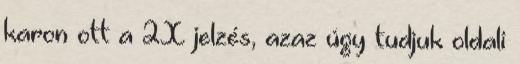
karon ott a 2X jelzés, azaz úgy tudjuk oldali